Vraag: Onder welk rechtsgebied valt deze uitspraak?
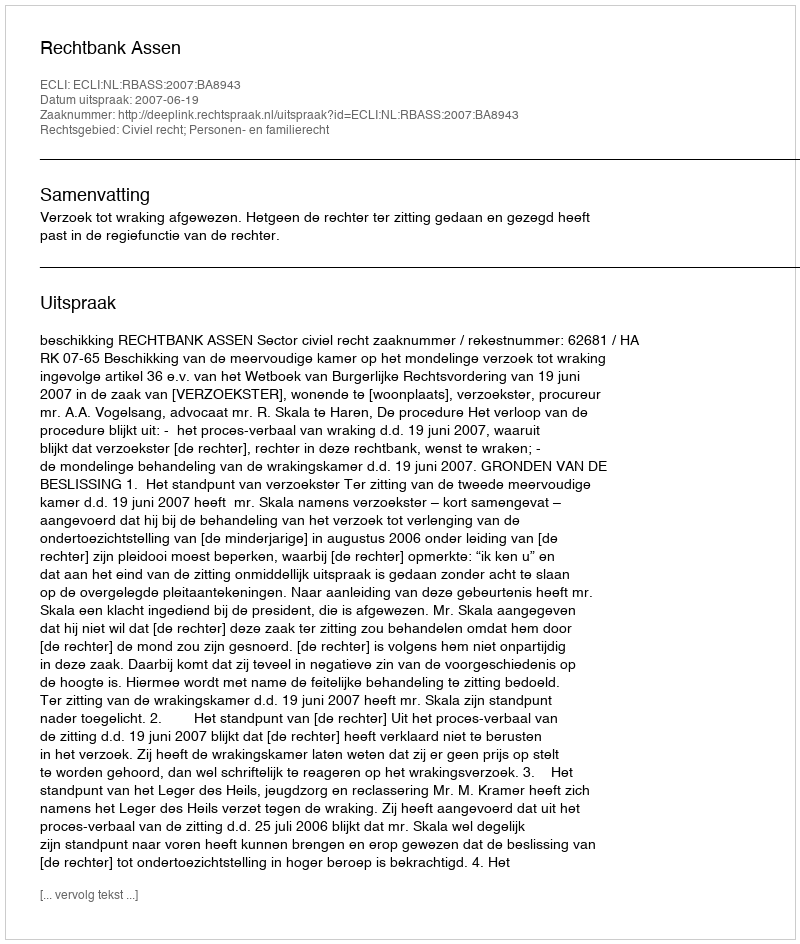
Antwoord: Civiel recht; Personen- en familierecht